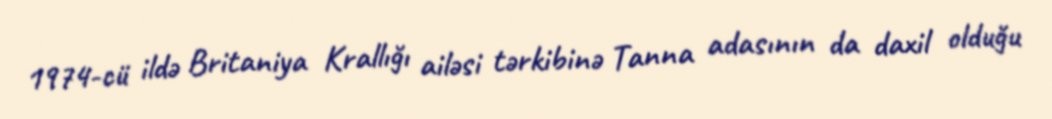
1974-cü ildə Britaniya Krallığı ailəsi tərkibinə Tanna adasının da daxil olduğu